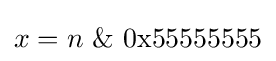
x=n\ \&\ \mathrm {0x55555555}